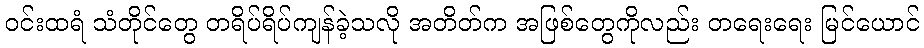
ဝင်းထရံ သံတိုင်တွေ တရိပ်ရိပ်ကျန်ခဲ့သလို အတိတ်က အဖြစ်တွေကိုလည်း တရေးရေး မြင်ယောင်